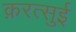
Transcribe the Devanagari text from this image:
क़रत्सुई